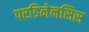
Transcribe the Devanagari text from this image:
परडिनेनसिस